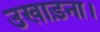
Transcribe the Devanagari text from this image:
उखाड़ना।